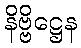
နိဗ္ဗိဋ္ဌေန